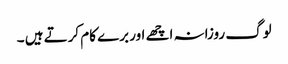
لوگ روزانہ اچھے اور برے کام کرتے ہیں ۔